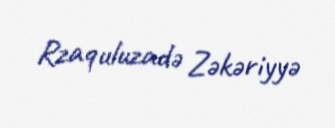
Rzaquluzadə Zəkəriyyə